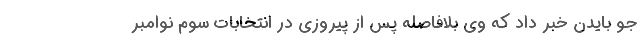
جو بایدن خبر داد که وی بلافاصله پس از پیروزی در انتخابات سوم نوامبر